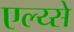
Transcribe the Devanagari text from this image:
एल्य्से